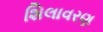
શિલાવરણ